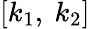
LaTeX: [k_{1},\ k_{2}]